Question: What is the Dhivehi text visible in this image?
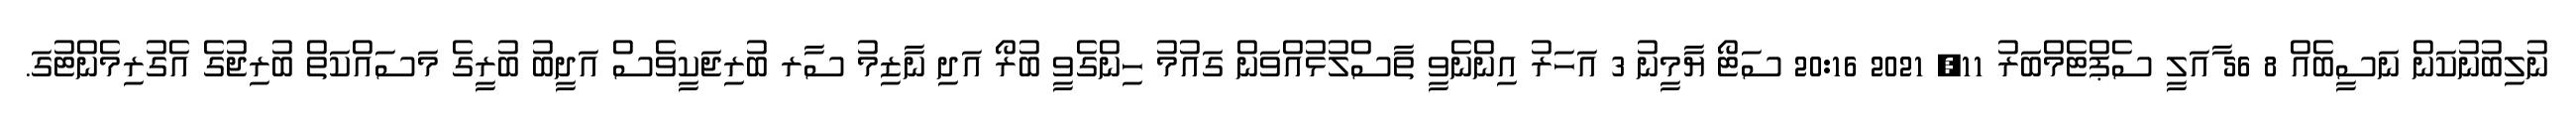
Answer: ނުލިބުނުކަން ނަސީބެއް 8 56 ާއަލީ ސެޕްޓެމްބަރު 11, 2021 20:16 ސަޓޯ ޔާމީނު 3 އަހަރު އިންނެވީ ތާސްލުޅުއްވަން ގައުމު ހިންގެވީ ބުރޯ އަދި ނާޒިމު ސާރ ބުރިޖަކީވެސް އަދީބު ބުރީގެ މަސައްކަތް ބުރިޖުގެ އެގުރިމެންޓުގަ.